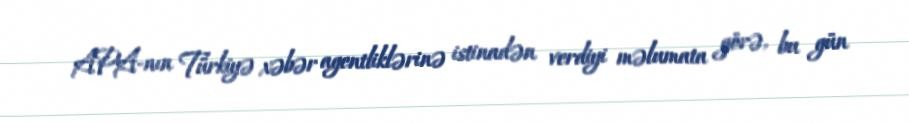
APA-nın Türkiyə xəbər agentliklərinə istinadən verdiyi məlumata görə, bu gün